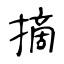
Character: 摘